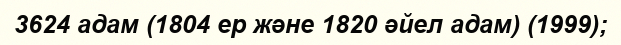
3624 адам (1804 ер және 1820 әйел адам) (1999);